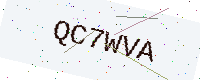
Text: QC7WVA